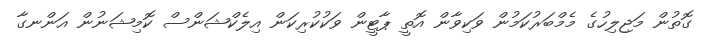
ގޮތުން މަޖިލިހުގެ މެމްބަރުކަމުން ވަކިވާން އޮތީ ޕާޓީން ވަކުކުރިކަން އިލެކްޝަންސް ކޮމިޝަނުން އަންނގާ